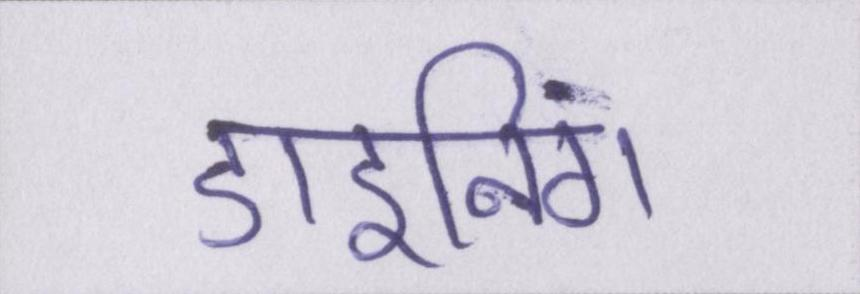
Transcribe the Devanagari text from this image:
डाइनिंग